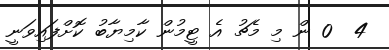
4  0 ން މި މެޗު އެ ޓީމުން ކާމިޔާބު ކޮށްފައިވަނީ